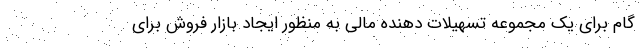
گام برای یک مجموعه تسهیلات دهنده مالی به منظور ایجاد بازار فروش برای